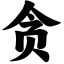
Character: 贪